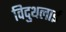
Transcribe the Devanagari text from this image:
विदुथलाई